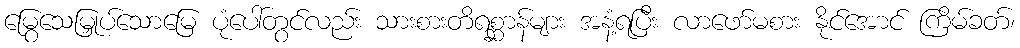
မြွေသေမြှုပ်သောမြေ ပုံပေါ်တွင်လည်း သားစားတိရစ္ဆာန်များ အနံ့ရပြီး လာဖော်မစား နိုင်အောင် ကြိမ်ခတ်၊